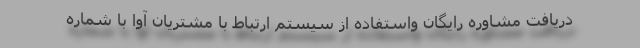
دریافت مشاوره رایگان واستفاده از سیستم ارتباط با مشتریان آوا با شماره